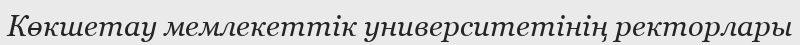
Көкшетау мемлекеттік университетінің ректорлары